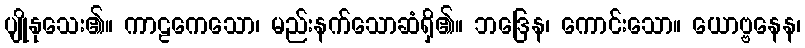
ပျိုနုသေး၏။ ကာဠကေသော၊ မည်းနက်သောဆံရှိ၏။ ဘဒြေန၊ ကောင်းသော။ ယောဗ္ဗနေန၊